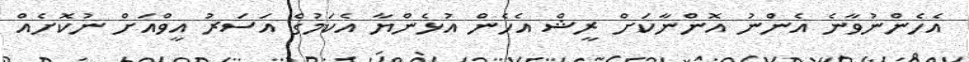
އެހެންނުވާނެ އެންނު އޮންނާކަށް ރީޝް އެހެން އުޅެންޔާ އެކަމުގެ އަސަރު އީވްއަށް ނުކޮށެއް